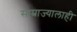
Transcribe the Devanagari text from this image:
साम्राज्यालाही